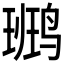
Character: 𪉒